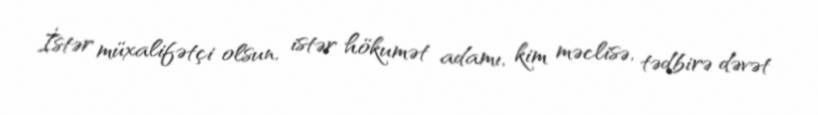
İstər müxalifətçi olsun, istər hökumət adamı, kim məclisə, tədbirə dəvət